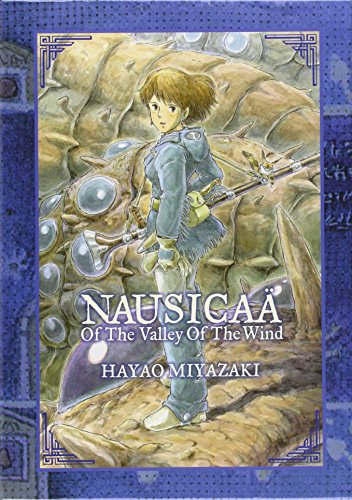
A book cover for NausicaÃ¤ of the Valley of the Wind Box Set; Hayao Miyazaki; Comics & Graphic Novels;